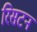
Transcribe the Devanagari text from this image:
रिसटन